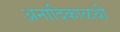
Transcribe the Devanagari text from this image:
अनादिकाळथी